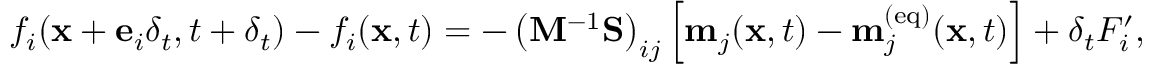
f _ { i } ( \mathbf { x } + \mathbf { e } _ { i } \delta _ { t } , t + \delta _ { t } ) - f _ { i } ( \mathbf { x } , t ) = - \left( \mathbf { M } ^ { - 1 } \mathbf { S } \right) _ { i j } \left[ \mathbf { m } _ { j } ( \mathbf { x } , t ) - \mathbf { m } _ { j } ^ { ( \mathrm { e q } ) } ( \mathbf { x } , t ) \right] + \delta _ { t } F _ { i } ^ { \prime } ,